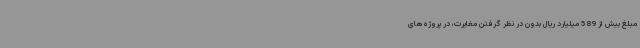
مبلغ بیش از 589 میلیارد ریال بدون در نظر گرفتن مغایرت، در پروژه‌های